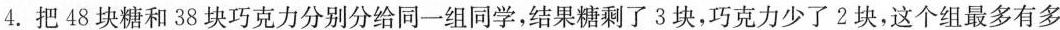
4.把48块糖和38块巧克力分别分给同一组同学，结果糖剩了3块，巧克力少了2块，这个组最多有多